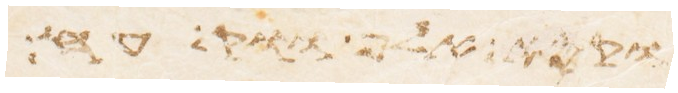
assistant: ואת האלף ושבע